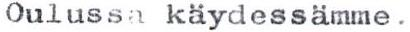
Oulussa käydessämme.